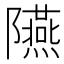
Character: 𨽞